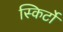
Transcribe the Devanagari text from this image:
स्किर्टों